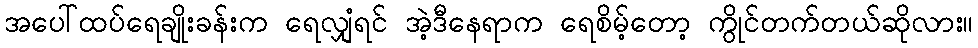
အပေါ်ထပ်ရေချိုးခန်းက ရေလျှံရင် အဲ့ဒီနေရာက ရေစိမ့်တော့ ကွိုင်တက်တယ်ဆိုလား။